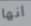
انها